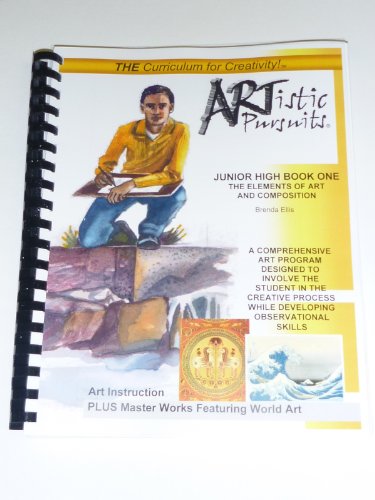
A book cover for Artistic Pursuits Book 1 Grades 7-8 Elements of Art and Composition; Brenda Ellis; Teen & Young Adult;